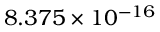
\phantom { + } 8 . 3 7 5 \times 1 0 ^ { - 1 6 }